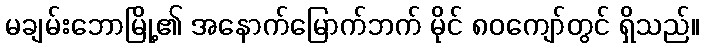
မချမ်းဘောမြို့၏ အနောက်မြောက်ဘက် မိုင် ၈၀ကျော်တွင် ရှိသည်။